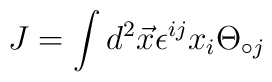
J = \int d^{2}\vec{x} \epsilon^{ij}x_{i}\Theta_{\circ j}